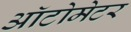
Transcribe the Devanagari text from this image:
ऑटोमेटर